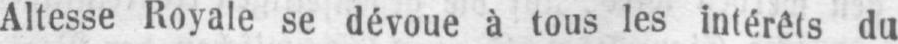
Altesse Royale se dévoue à tous les intérêts du